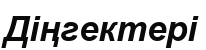
Діңгектері